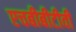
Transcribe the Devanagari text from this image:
एचबीबीटीवी